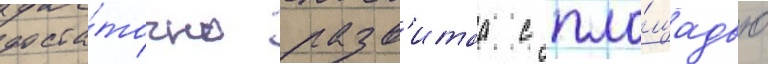
доста́точно разв'итаа с пло́щадью